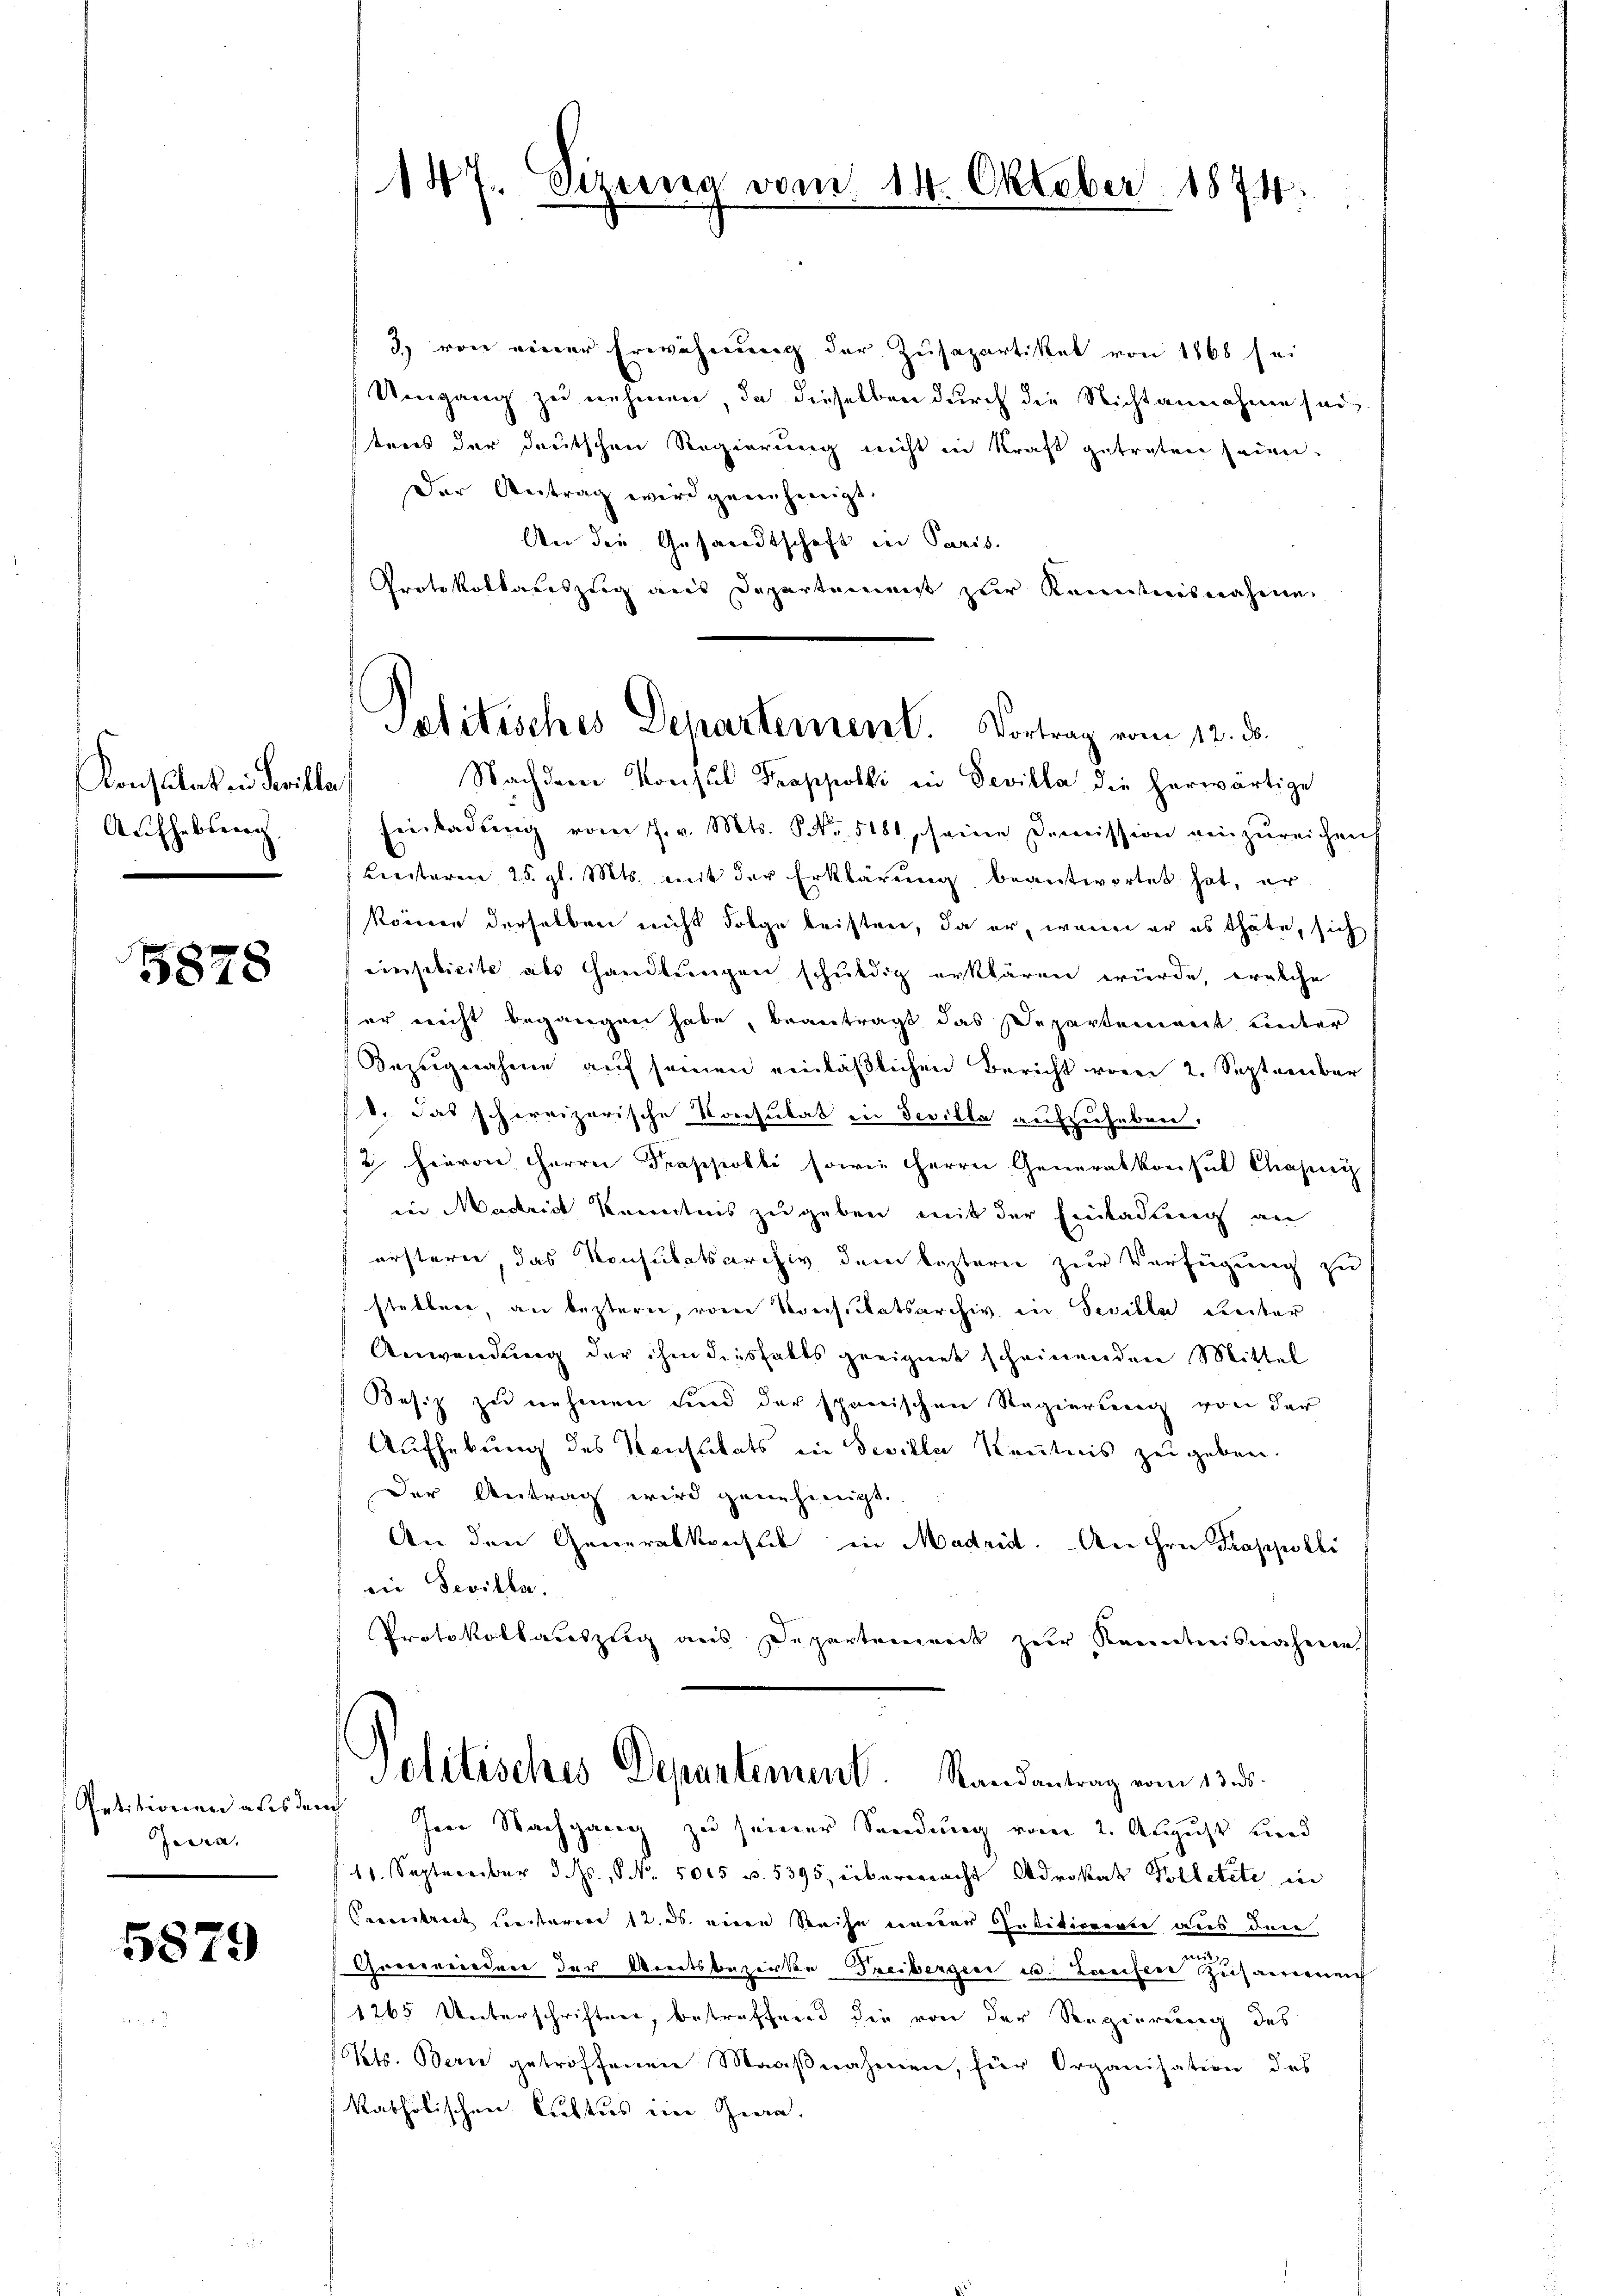
Konsulat in Bevilla
Aufhebung

5878

Jecra,

5879

3) von einer Erwähnung der Zusapartikel von 1868 sei
Umgang zu nehmen, da dieselben durch die Nichtannahme sei,
tens der deutschen Regierung nicht in Kraft getreten seien.
Der Antrag wird genehmigt.
An die Gesandtschaft in Paris.
Protokollauszug aus Departement zur Kenntnisnahme
Nachdem Konsul Trappoldi in Devilla die herwärtige
Einladŭng vom J. v. Mts. S. Nr. 5181, seine Domission einzureichen
Breiteren 25. gl. Mts. mit der Erklärŭng beantwortet hat, er
könne derselben nicht Folge leisten, da er, wenn er es thäte, sich
einsebicite als Handlŭngen schŭldig erklären würde, welche
er nicht begangen habe, beantragt das Departement unter
Bezŭgnahme auf seinen einläßlichen Bericht vom 2. September
V. das schereizerische Konsulat in Sevilla aufzuheben.
/2 hievon Herrn Trappolli sowie Herrn Generalkonsul Chasny
in Madrich Kenntnis zugeben mit der Einladung an
ersteren, das Konsulatsarchiv dem leztern zur Verfügung zu
stellen, an bestern, von Vorsitatsarchiv in Sicille Reiter
Anwendung der ihm diesfalls geeignet scheinenden Mittel
Besiz zu nehmen und der spanischen Regierung von der
Aufhebung des Konstitats in Seville Kenntnis zu geben.
Der Antrag wird genehmigt.
An den Generalkonsul in Madrid. An ihre Trappolli
die Sevilla.
Protokollauszug aus Departement zur Kenntnisnahmen
Politisches Departement. Randantrag vom 13. ds.
Petitionen ausdurch Im Nachgang zu seiner Sendung vom 2. August und
11. September d. Js., No. 5015 u. 5395, erbereeracht Advokat Pilletete in
Beirut unterm 12. ds. eine Reise neuer Insitionen aus den
.
Govereiedner der Breitsbezirke Freiberger u. Zweifere Zusammeneich
1265 Unterschriften, betreffend die von der Regierung des
Kts. Bern getroffenen Maaβnahmen, für Organisation des
katholischen Cristus ein Zwa

187. Sezung vom 14. Oktober 1874

Politisches Departement. Vortrag vom 12. ds.